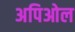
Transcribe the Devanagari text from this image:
अपिओल